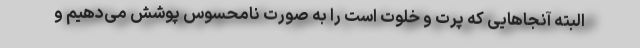
البته آنجاهایی که پرت و خلوت است را به صورت نامحسوس پوشش می‌دهیم و